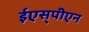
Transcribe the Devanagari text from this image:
ईएस्‌पीएन